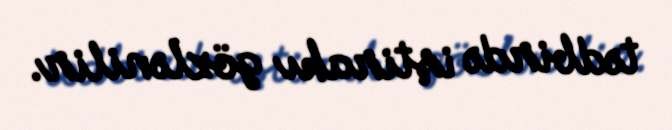
tədbirdə iştirakı gözlənilir.